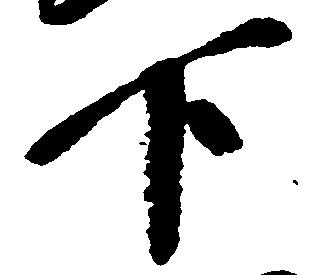
下